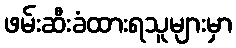
ဖမ်းဆီးခံထားရသူများမှာ